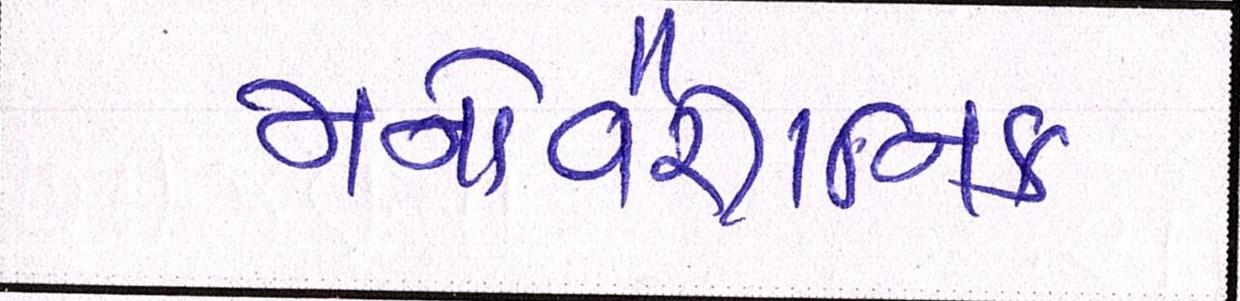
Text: મનોવૈજ્ઞાાનિક